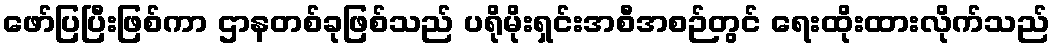
ဖော်ပြပြီးဖြစ်ကာ ဌာနတစ်ခုဖြစ်သည် ပရိုမိုးရှင်းအစီအစဉ်တွင် ရေးထိုးထားလိုက်သည်